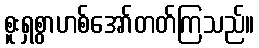
စူးရှစွာဟစ်အော်တတ်ကြသည်။